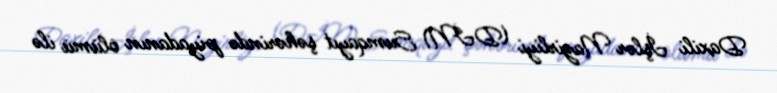
Daxili İşlər Nazirliyi (DİN) Sumqayıt şəhərində piyadanın ölümü ilə